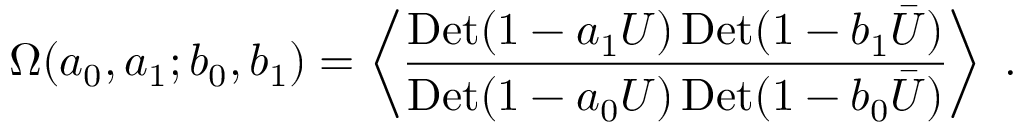
\Omega ( a _ { 0 } , a _ { 1 } ; b _ { 0 } , b _ { 1 } ) = \left\langle { \frac { \mathrm { D e t } ( 1 - a _ { 1 } U ) \, \mathrm { D e t } ( 1 - b _ { 1 } \bar { U } ) } { \mathrm { D e t } ( 1 - a _ { 0 } U ) \, \mathrm { D e t } ( 1 - b _ { 0 } \bar { U } ) } } \right\rangle \; .